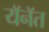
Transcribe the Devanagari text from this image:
यॅनॅत